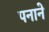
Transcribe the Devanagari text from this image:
पनाने